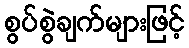
စွပ်စွဲချက်များဖြင့်